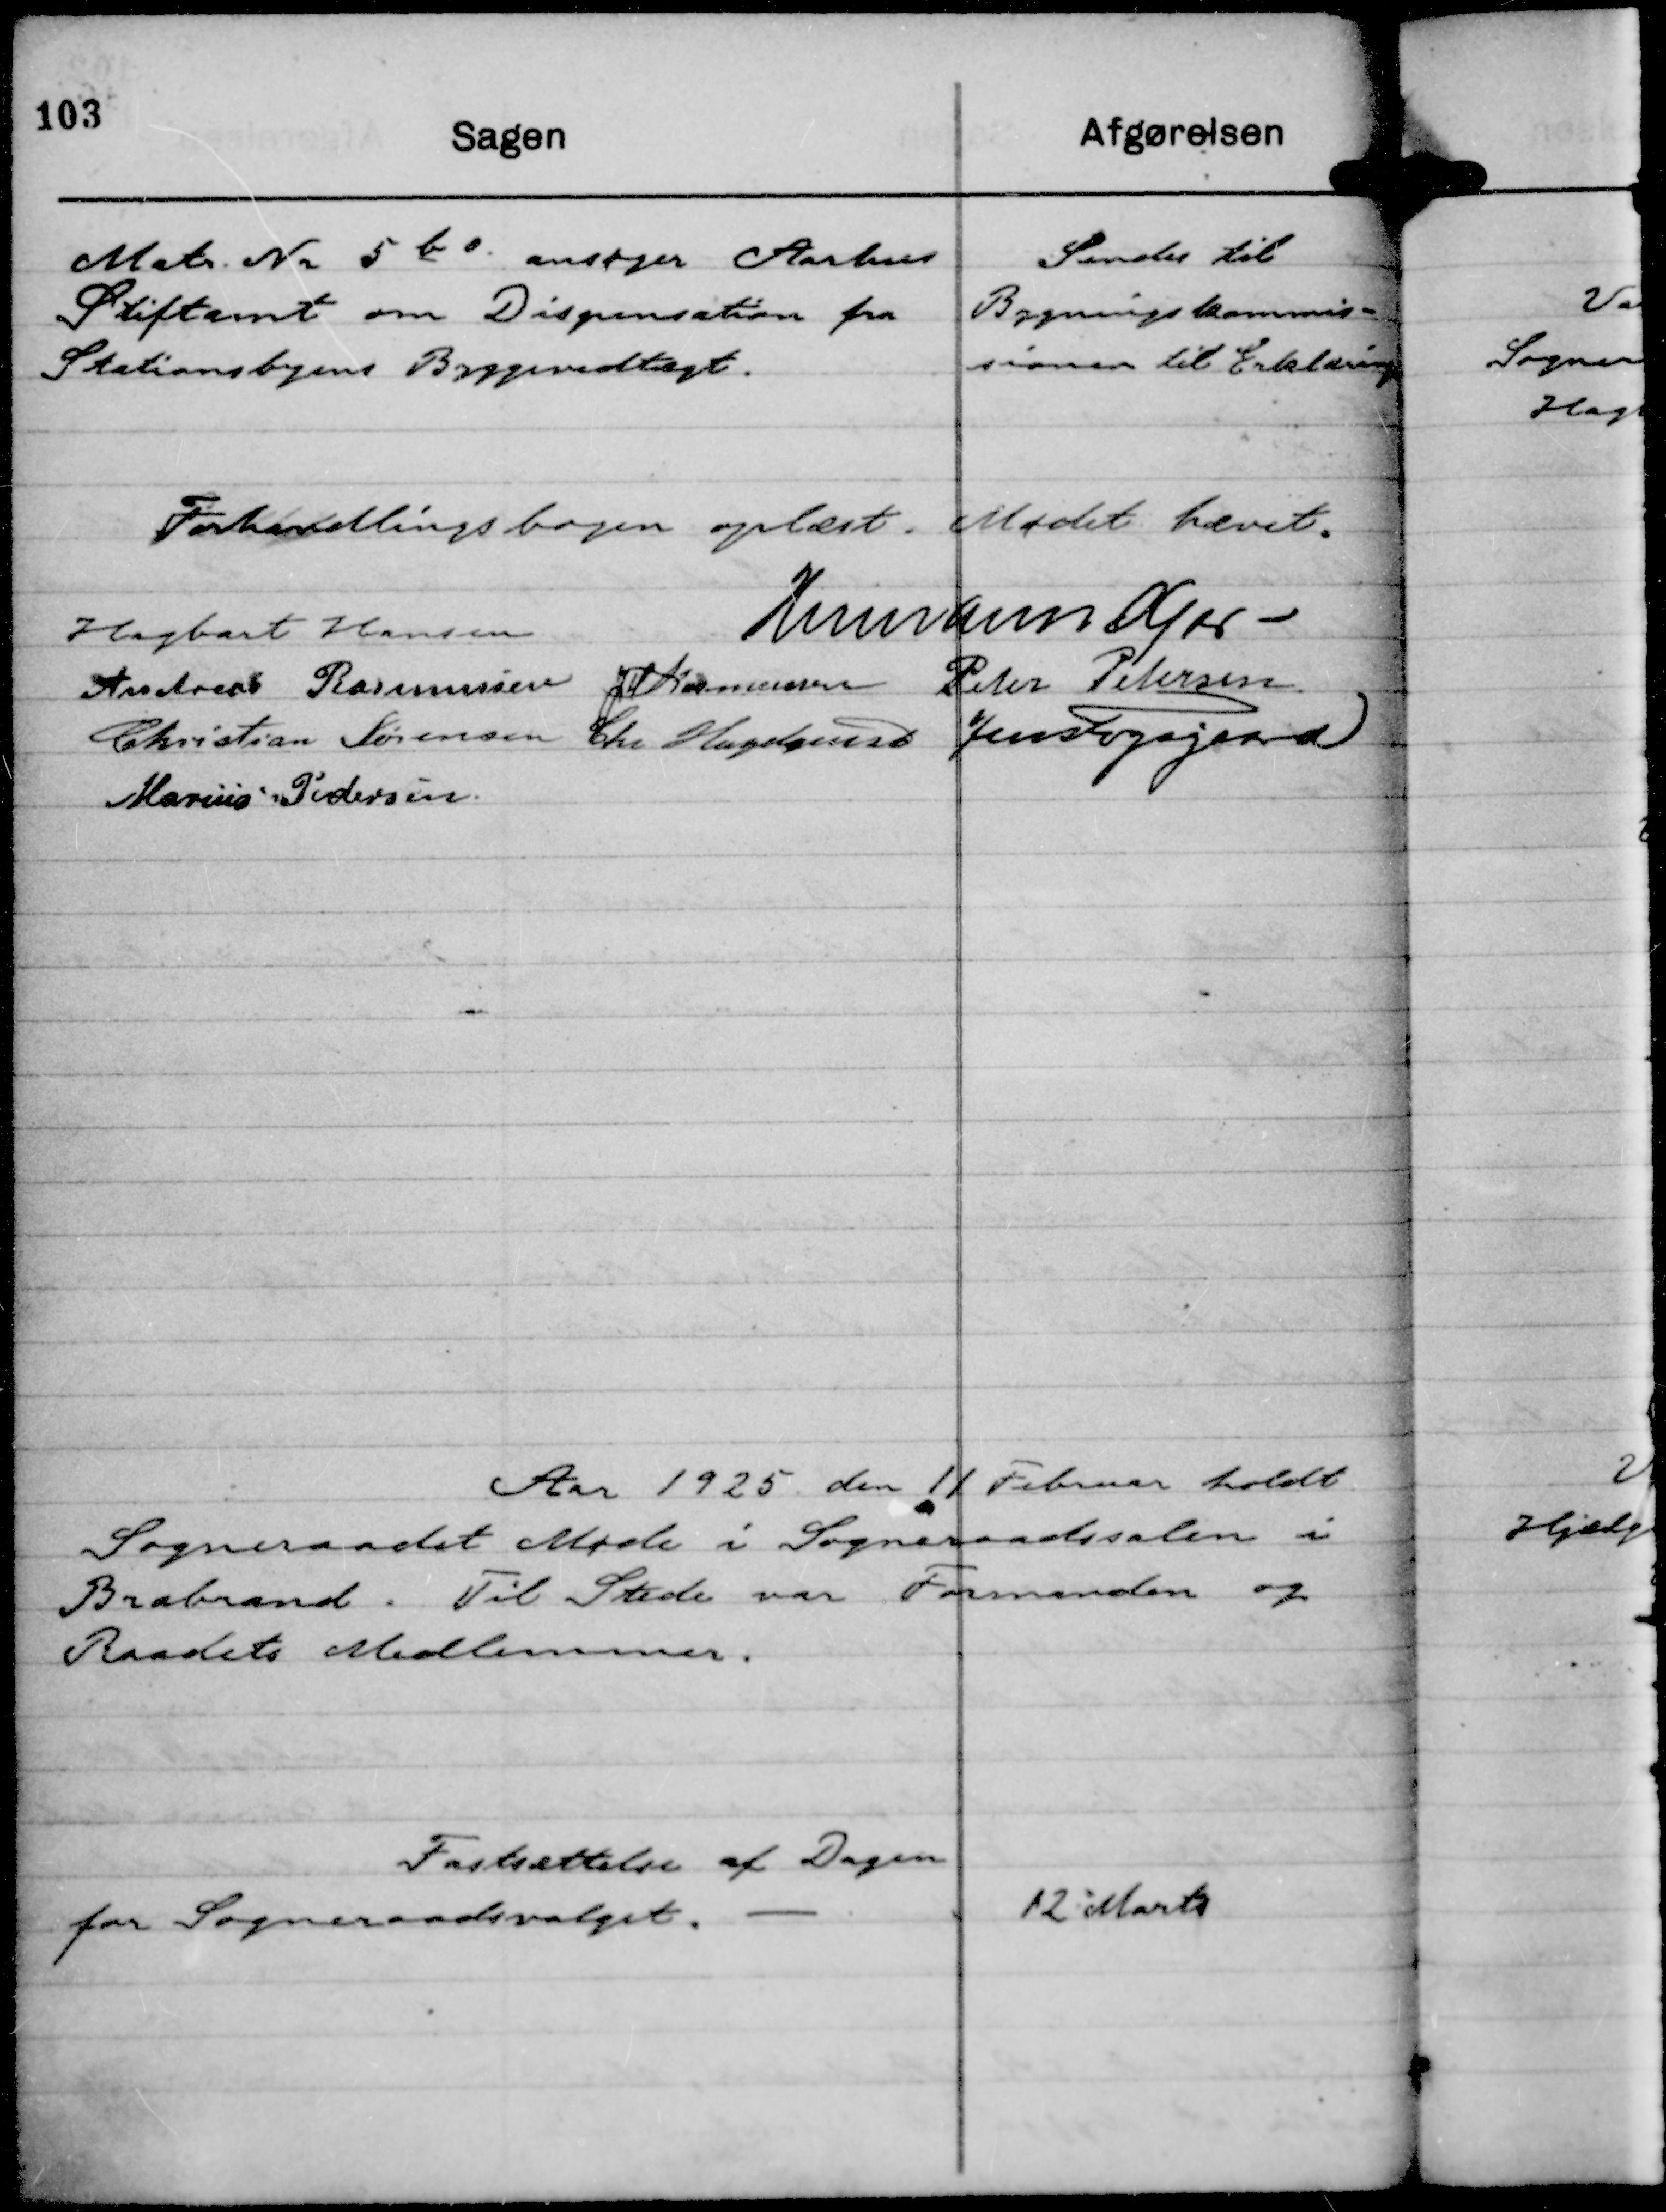
Transskription:
Matr Nr 5 b o ansøger Aarhus
Stiftamt om Dispensation fra
Stationsbyens Byggevedtægt.

Sendes til
Bygningskommis-
sionen til Erklæring

Forhandlingsbogen oplæst. Mødet hævet.
Hagbart Hansen
Hermann Kjær
Andreas Rasmussen
JM Rasmussen
Peter Petersen
Christian Sørensen
Chr Hagelquist
Jens Fogsgaard
Marius Pedersen.

Aar 1925 den 11 Februar holdt
Sogneraadet Møde i Sogneraadssalen i
Brabrand. Til Stede var Formanden og
Raadets Medlemmer.

Fastsættelse af Dagen
for Sogneraadsvalget.

12 Marts